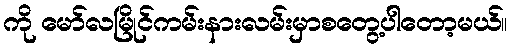
ကို မော်လမြိုင်ကမ်းနားလမ်းမှာစတွေ့ပါတော့မယ်။